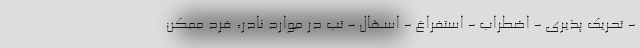
- تحریک پذیری - اضطراب - استفراغ - اسهال - تب در موارد نادر، فرد ممکن